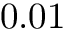
0 . 0 1